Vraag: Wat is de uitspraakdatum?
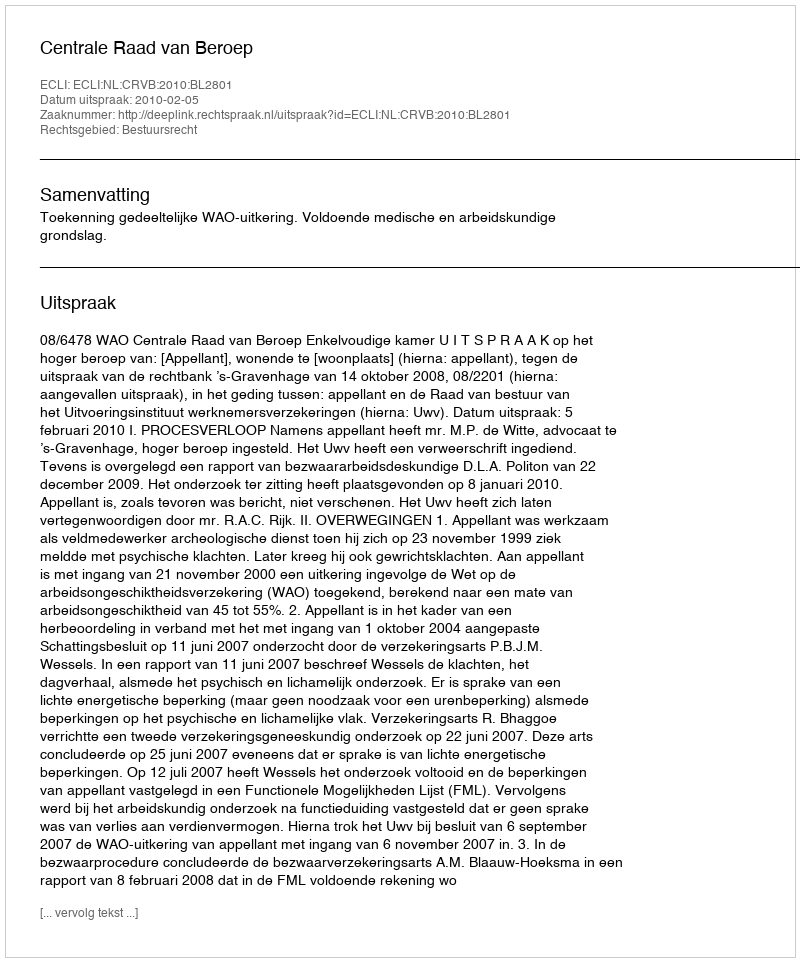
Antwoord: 2010-02-05